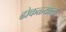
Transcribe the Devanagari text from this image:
ढोकळ्याला